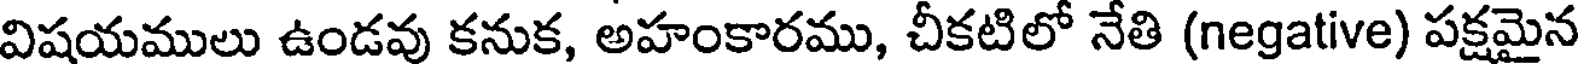
విషయములు ఉండవు కనుక, అహంకారము, చీకటిలో నేతి (negative) పక్షమైన